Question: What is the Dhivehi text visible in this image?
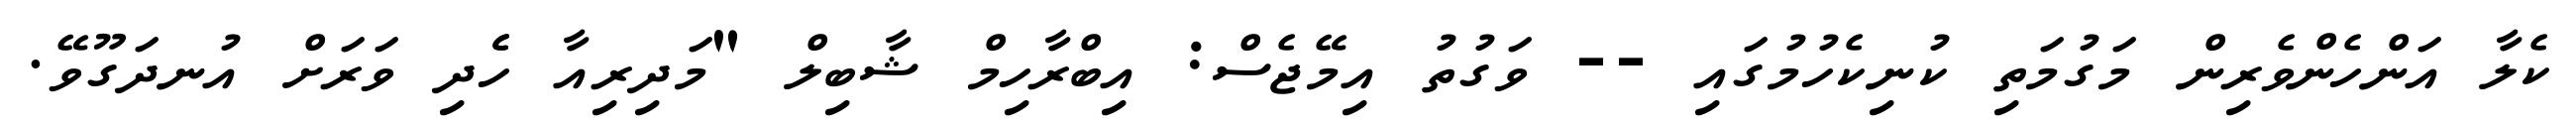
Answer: ކެލާ އަންހެންވެރިން މަގުމަތި ކުނިކެހުމުގައި -- ވަގުތު އިމޭޖެސް: އިބްރާހިމް ޝާބިލް "މަދިރިއާ ހެެދި ވަރަށް އުނދަގޫވޭ.